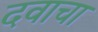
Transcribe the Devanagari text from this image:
दवाचा